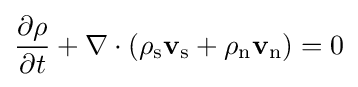
{\frac {\partial \rho }{\partial t}}+\nabla \cdot (\rho _{\text{s}}\mathbf {v} _{\text{s}}+\rho _{\text{n}}\mathbf {v} _{\text{n}})=0